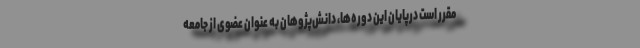
مقرر است درپایان این دوره‌ها، دانش‌پژوهان به عنوان عضوی از جامعه